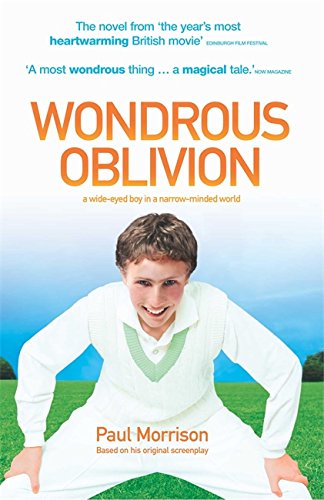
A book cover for Wondrous Oblivion; Paul Morrison; Teen & Young Adult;